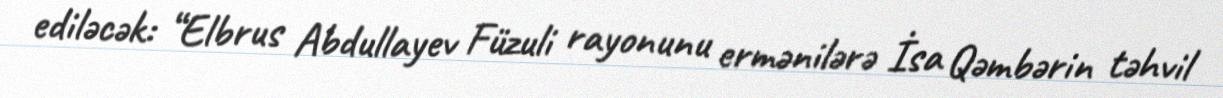
ediləcək: “Elbrus Abdullayev Füzuli rayonunu ermənilərə İsa Qəmbərin təhvil